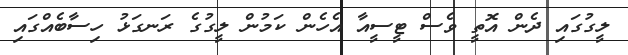
ލީގުގައި ދެން އޮތީ ވެސް ޓީސީއާ އެހެން ކަމުން ލީގުގެ ރަނގަޅު ހިސާބެއްގައި